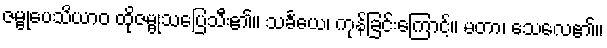
ဇမ္ဗုပေသိယာဝ ထိုဇမ္ဗုသပြေသီး၏။ သင်္ခယေ၊ ကုန်ခြင်းကြောင့်။ မတာ၊ သေလေ၏။